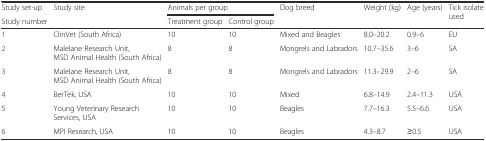
<table><thead><tr><td><b>Study set-up</b></td><td rowspan="2"><b>Study site</b></td><td colspan="2"><b>Animals per group</b></td><td rowspan="2"><b>Dog breed</b></td><td rowspan="2"><b>Weight (kg)</b></td><td rowspan="2"><b>Age (years)</b></td><td rowspan="2"><b>Tick isolate used</b></td></tr><tr><td><b>Study number</b></td><td><b>Treatment group</b></td><td><b>Control group</b></td></tr></thead><tbody><tr><td>1</td><td>ClinVet (South Africa)</td><td>10</td><td>10</td><td>Mixed and Beagles</td><td>8.0–20.2</td><td>0.9–6</td><td>EU</td></tr><tr><td>2</td><td>Malelane Research Unit, MSD Animal Health (South Africa)</td><td>8</td><td>8</td><td>Mongrels and Labradors</td><td>10.7–35.6</td><td>3–6</td><td>SA</td></tr><tr><td>3</td><td>Malelane Research Unit, MSD Animal Health (South Africa)</td><td>8</td><td>8</td><td>Mongrels and Labradors</td><td>11.3–29.9</td><td>2–6</td><td>SA</td></tr><tr><td>4</td><td>BerTek, USA</td><td>10</td><td>10</td><td>Mixed</td><td>6.8–14.9</td><td>2.4–11.3</td><td>USA</td></tr><tr><td>5</td><td>Young Veterinary Research Services, USA</td><td>10</td><td>10</td><td>Beagles</td><td>7.7–16.3</td><td>5.5–6.6</td><td>USA</td></tr><tr><td>6</td><td>MPI Research, USA</td><td>10</td><td>10</td><td>Beagles</td><td>4.3–8.7</td><td>≥0.5</td><td>USA</td></tr></tbody></table>